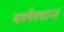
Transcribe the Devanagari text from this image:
क्लेलान